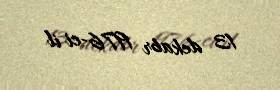
13 dekabr 1976-ci il